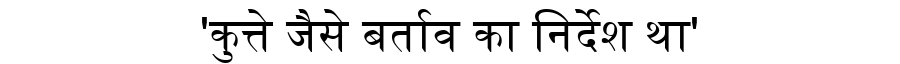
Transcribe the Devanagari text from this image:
'कुत्ते जैसे बर्ताव का निर्देश था'